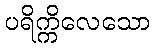
ပရိက္ကိလေသော